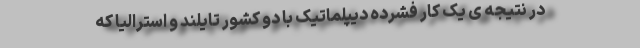
در نتیجه ی یک کار فشرده دیپلماتیک با دو کشور تایلند و استرالیا که